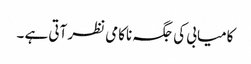
کامیابی کی جگہ ناکامی نظر آتی ہے ۔